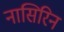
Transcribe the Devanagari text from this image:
नासिरिन